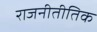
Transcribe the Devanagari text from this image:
राजनीतीतिक